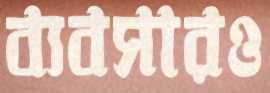
ব্যবসারও